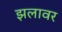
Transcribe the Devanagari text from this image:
झलावर